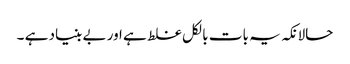
حالانکہ یہ بات بالکل غلط ہے اور بے بنیاد ہے ۔